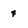
Character: 4